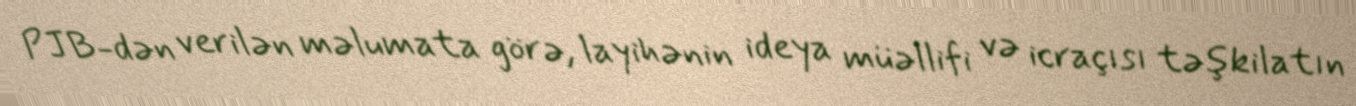
PJB-dən verilən məlumata görə, layihənin ideya müəllifi və icraçısı təşkilatın